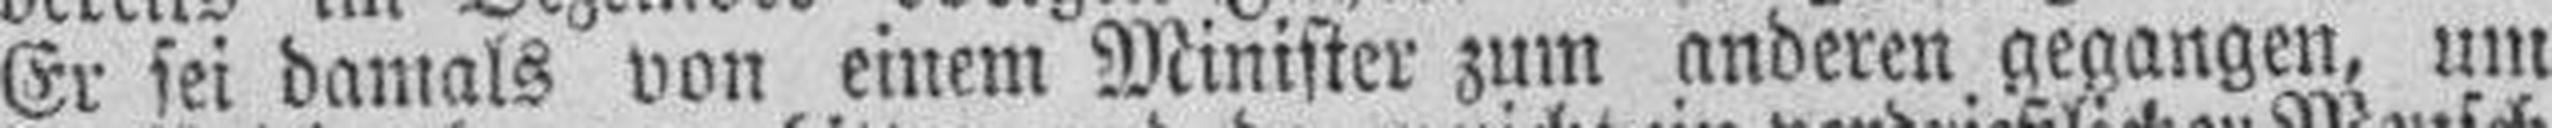
Er sei damals von einem Minister zum anderen gegangen, um